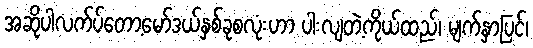
အဆိုပါလက်ပ်တော့မော်ဒယ်နှစ်ခုစလုံးဟာ ပါးလျတဲ့ကိုယ်ထည်၊ မျက်နှာပြင်၊